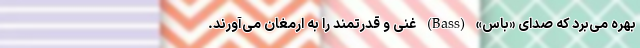
بهره می‌برد که صدای «باس» (Bass) غنی و قدرتمند را به ارمغان می‌آورند.